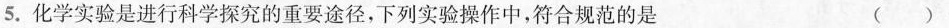
5.化学实验室进行科学探究的重要途径，下列实验操作中，符合规范的是（